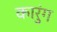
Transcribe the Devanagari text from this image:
कारुंग